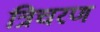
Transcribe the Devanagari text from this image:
त्रिचरण